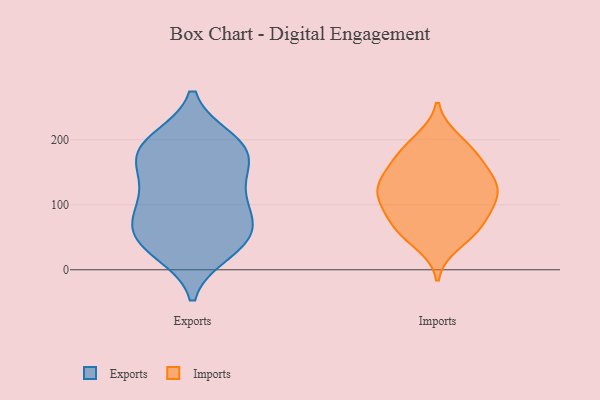
{"axis": {"x": "Active Users", "y": "Value"}, "legend": ["Exports", "Imports"], "data": [{"x": "", "y": 136, "type": "Exports"}, {"x": "", "y": 96, "type": "Exports"}, {"x": "", "y": 118, "type": "Exports"}, {"x": "", "y": 181, "type": "Exports"}, {"x": "", "y": 38, "type": "Exports"}, {"x": "", "y": 28, "type": "Exports"}, {"x": "", "y": 199, "type": "Exports"}, {"x": "", "y": 58, "type": "Exports"}, {"x": "", "y": 189, "type": "Exports"}, {"x": "", "y": 77, "type": "Exports"}, {"x": "", "y": 42, "type": "Exports"}, {"x": "", "y": 161, "type": "Exports"}, {"x": "", "y": 53, "type": "Exports"}, {"x": "", "y": 171, "type": "Exports"}, {"x": "", "y": 93, "type": "Exports"}, {"x": "", "y": 195, "type": "Exports"}, {"x": "", "y": 69, "type": "Imports"}, {"x": "", "y": 73, "type": "Imports"}, {"x": "", "y": 105, "type": "Imports"}, {"x": "", "y": 126, "type": "Imports"}, {"x": "", "y": 58, "type": "Imports"}, {"x": "", "y": 63, "type": "Imports"}, {"x": "", "y": 40, "type": "Imports"}, {"x": "", "y": 99, "type": "Imports"}, {"x": "", "y": 168, "type": "Imports"}, {"x": "", "y": 131, "type": "Imports"}, {"x": "", "y": 135, "type": "Imports"}, {"x": "", "y": 200, "type": "Imports"}, {"x": "", "y": 176, "type": "Imports"}, {"x": "", "y": 160, "type": "Imports"}, {"x": "", "y": 112, "type": "Imports"}, {"x": "", "y": 139, "type": "Imports"}, {"x": "", "y": 192, "type": "Imports"}, {"x": "", "y": 111, "type": "Imports"}]}